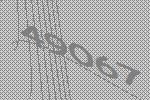
49067